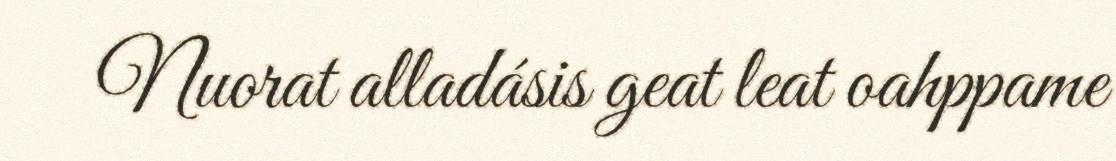
Nuorat alladásis geat leat oahppame